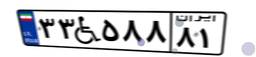
۳۳W۵۸۸۸۱